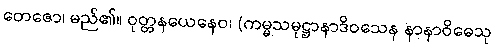
တေဇော၊ မည်၏။ ဝုတ္တနယေနေဝ၊ (ကမ္မသမုဋ္ဌာနာဒိဝသေန နာနာဝိဓေသု